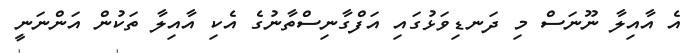
އެ އާއިލާ ނޫނަސް މި ދަނޑިވަޅުގައި އަފްގާނިސްތާނުގެ އެކި އާއިލާ ތަކުން އަންނަނީ